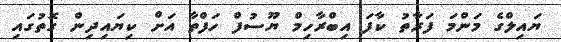
ޔައިލްގެ މަންމަ ފަރާތު ކާފަ އިބްރާހިމް ޔޫސުފް ހަފްތާ އަށް ކިޔައިދިން ގޮތުގައި